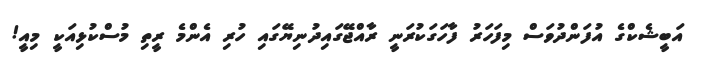
އަބީޝެކްގެ އުފަންދުވަސް މިފަހަރު ފާހަގަކުރަނީ ރާއްޖޭގައިދުނިޔޭގައި ހުރި އެންމެ ރީތި މުސްކުޅިއަކީ މިއީ!